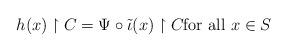
LaTeX: \begin{align*} h(x)\upharpoonright C = \Psi\circ\tilde{\iota}(x)\upharpoonright C \mbox{for all } x\in S\end{align*}